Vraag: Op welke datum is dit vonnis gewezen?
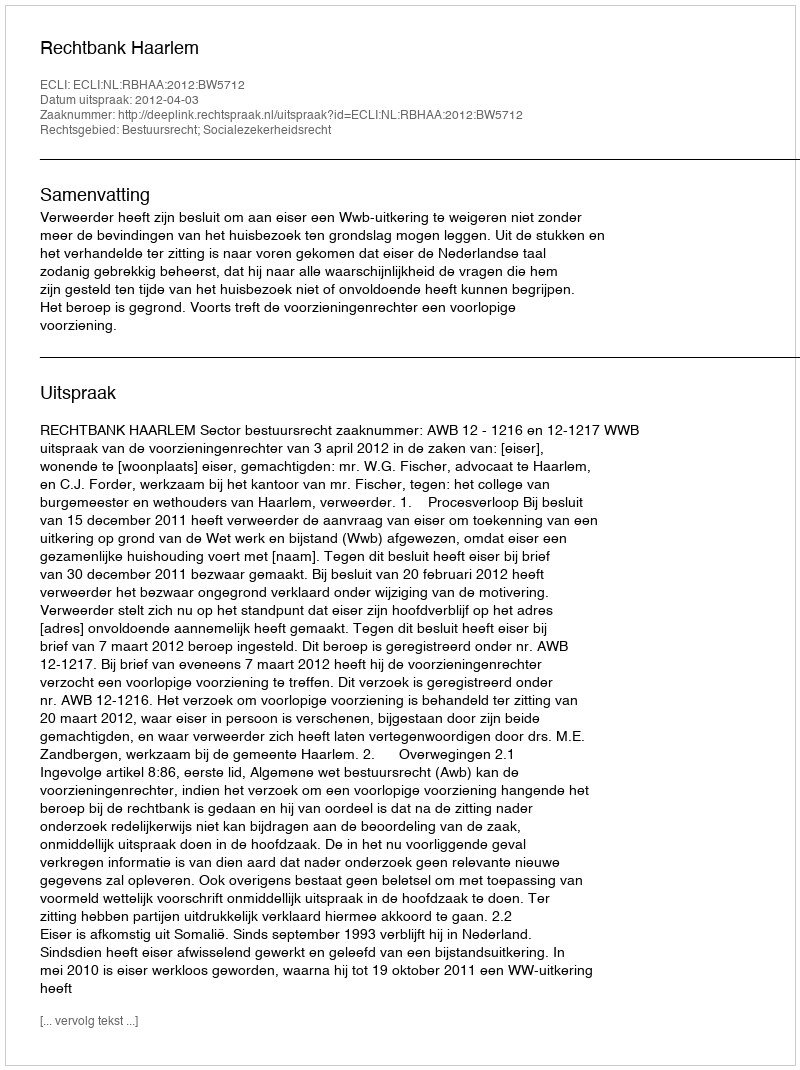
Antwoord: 2012-04-03